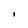
Character: l